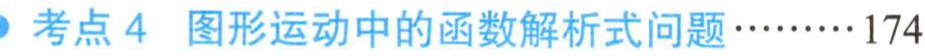
考点4 图形运动中的函数解析式问题………174